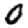
Digit: 0